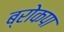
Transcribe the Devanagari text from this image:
ब्रोकपा